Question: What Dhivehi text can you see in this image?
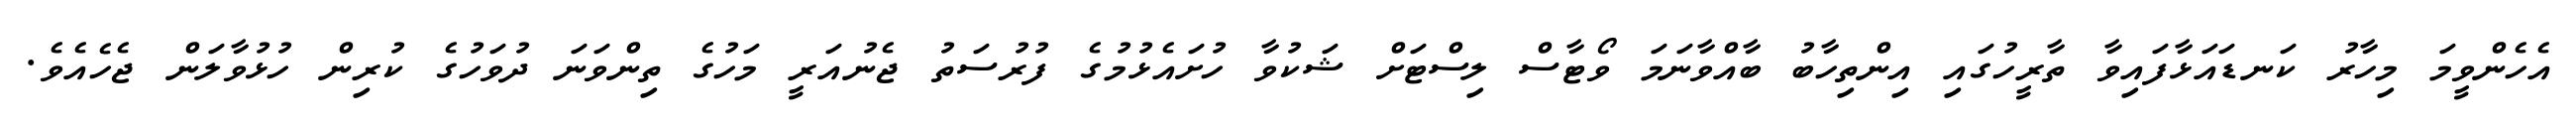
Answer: އެހެންވީމަ މިހާރު ކަނޑައަޅާފައިވާ ތާރީހުގައި އިންތިހާބު ބާއްވާނަމަ ވޯޓާސް ލިސްޓަށް ޝަކުވާ ހުށައެޅުމުގެ ފުރުސަތު ޖެނުއަރީ މަހުގެ ތިންވަނަ ދުވަހުގެ ކުރިން ހުޅުވާލަން ޖެހެއެވެ.